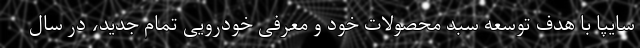
سایپا با هدف توسعه سبد محصولات خود و معرفی خودرویی تمام جدید، در سال